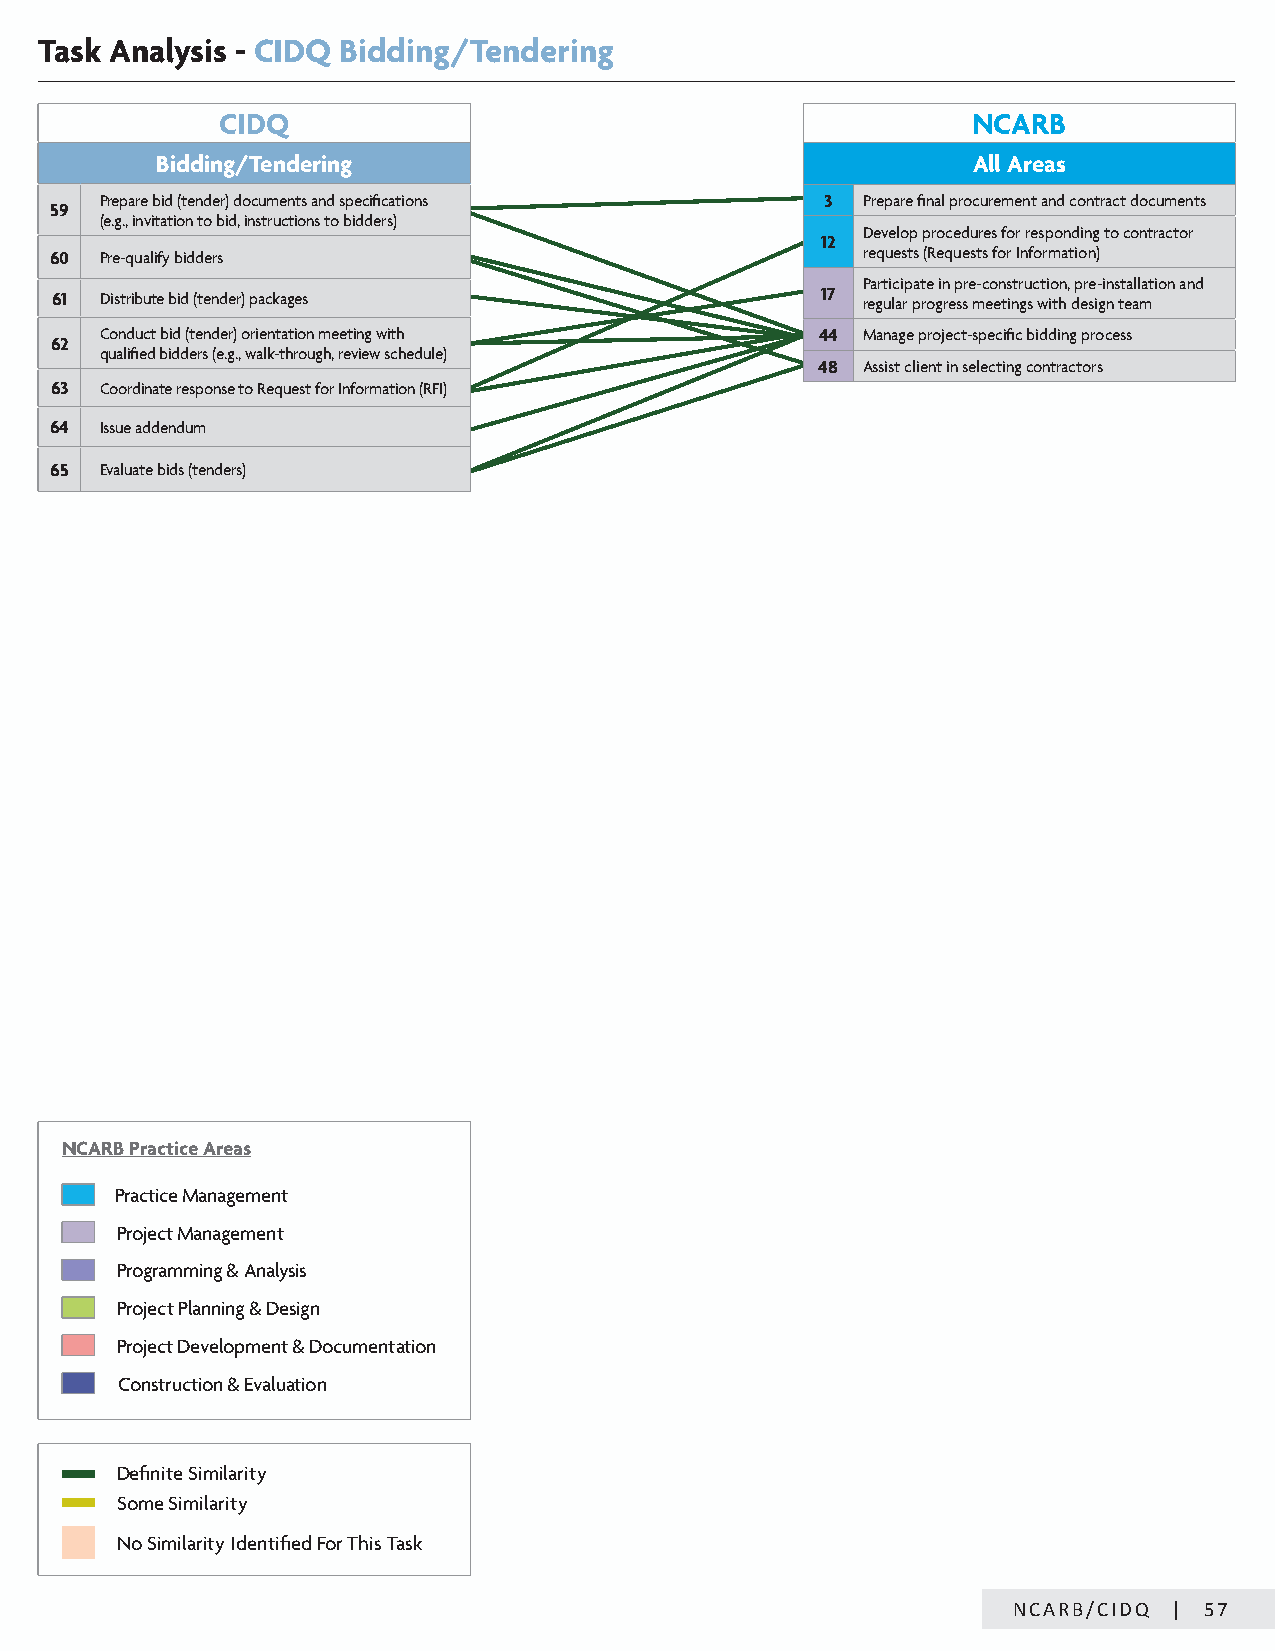
Task Analysis - CIDQ Bidding/Tendering
 CIDQ                                              NCARB
 Bidding/Tendering                                     All Areas
 Prepare bid (tender) documents and specifications 3 Prepare final procurement and contract documents
 59
 (e.g., invitation to bid, instructions to bidders)
 Develop procedures for responding to contractor
 12
 60  Pre-qualify bidders                               requests (Requests for Information)
 Participate in pre-construction, pre-installation and
 61  Distribute bid (tender) packages               17 regular progress meetings with design team
 Conduct bid (tender) orientation meeting with  44 Manage project-specific bidding process
 62
 qualified bidders (e.g., walk-through, review schedule)
 48 Assist client in selecting contractors
 63  Coordinate response to Request for Information (RFI)
 64  Issue addendum
 65  Evaluate bids (tenders)
 NCARB Practice Areas
 Practice Management
 Project Management
 Programming & Analysis
 Project Planning & Design
 Project Development & Documentation
 Construction & Evaluation
 Definite Similarity
 Some Similarity
 No Similarity Identified For This Task
 NCARB/CIDQ | 57